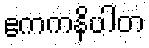
ဧကကနိပါတ